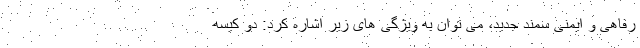
رفاهی و ایمنی سمند جدید، می توان به ویژگی های زیر اشاره کرد: دو کیسه